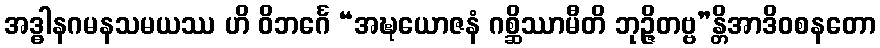
အဒ္ဓါနဂမနသမယဿ ဟိ ဝိဘင်္ဂေ “အဍ္ဎယောဇနံ ဂစ္ဆိဿာမီတိ ဘုဉ္ဇိတဗ္ဗ”န္တိအာဒိဝစနတော